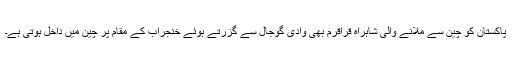
پاکستان کو چین سے ملانے والی شاہراہ قراقرم بھی وادی گوجال سے گزرتے ہوئے خنجراب کے مقام پر چین میں داخل ہوتی ہے۔